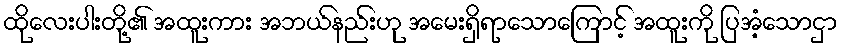
ထိုလေးပါးတို့၏ အထူးကား အဘယ်နည်းဟု အမေးရှိရာသောကြောင့် အထူးကို ပြအံ့သောငှာ